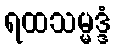
ရထသမ္မဒ္ဒံ